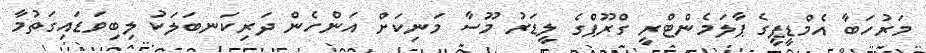
މަރުހަބާ އެމްޑީޕީގެ ޕާލަމެންޓްރީ ގްރޫޕްގެ ލީޑަރު މޫސާ މަނިކަށް އަންހެން ދަރިކަނބަލަކު ލިބިވަޑައިގަތުމާ